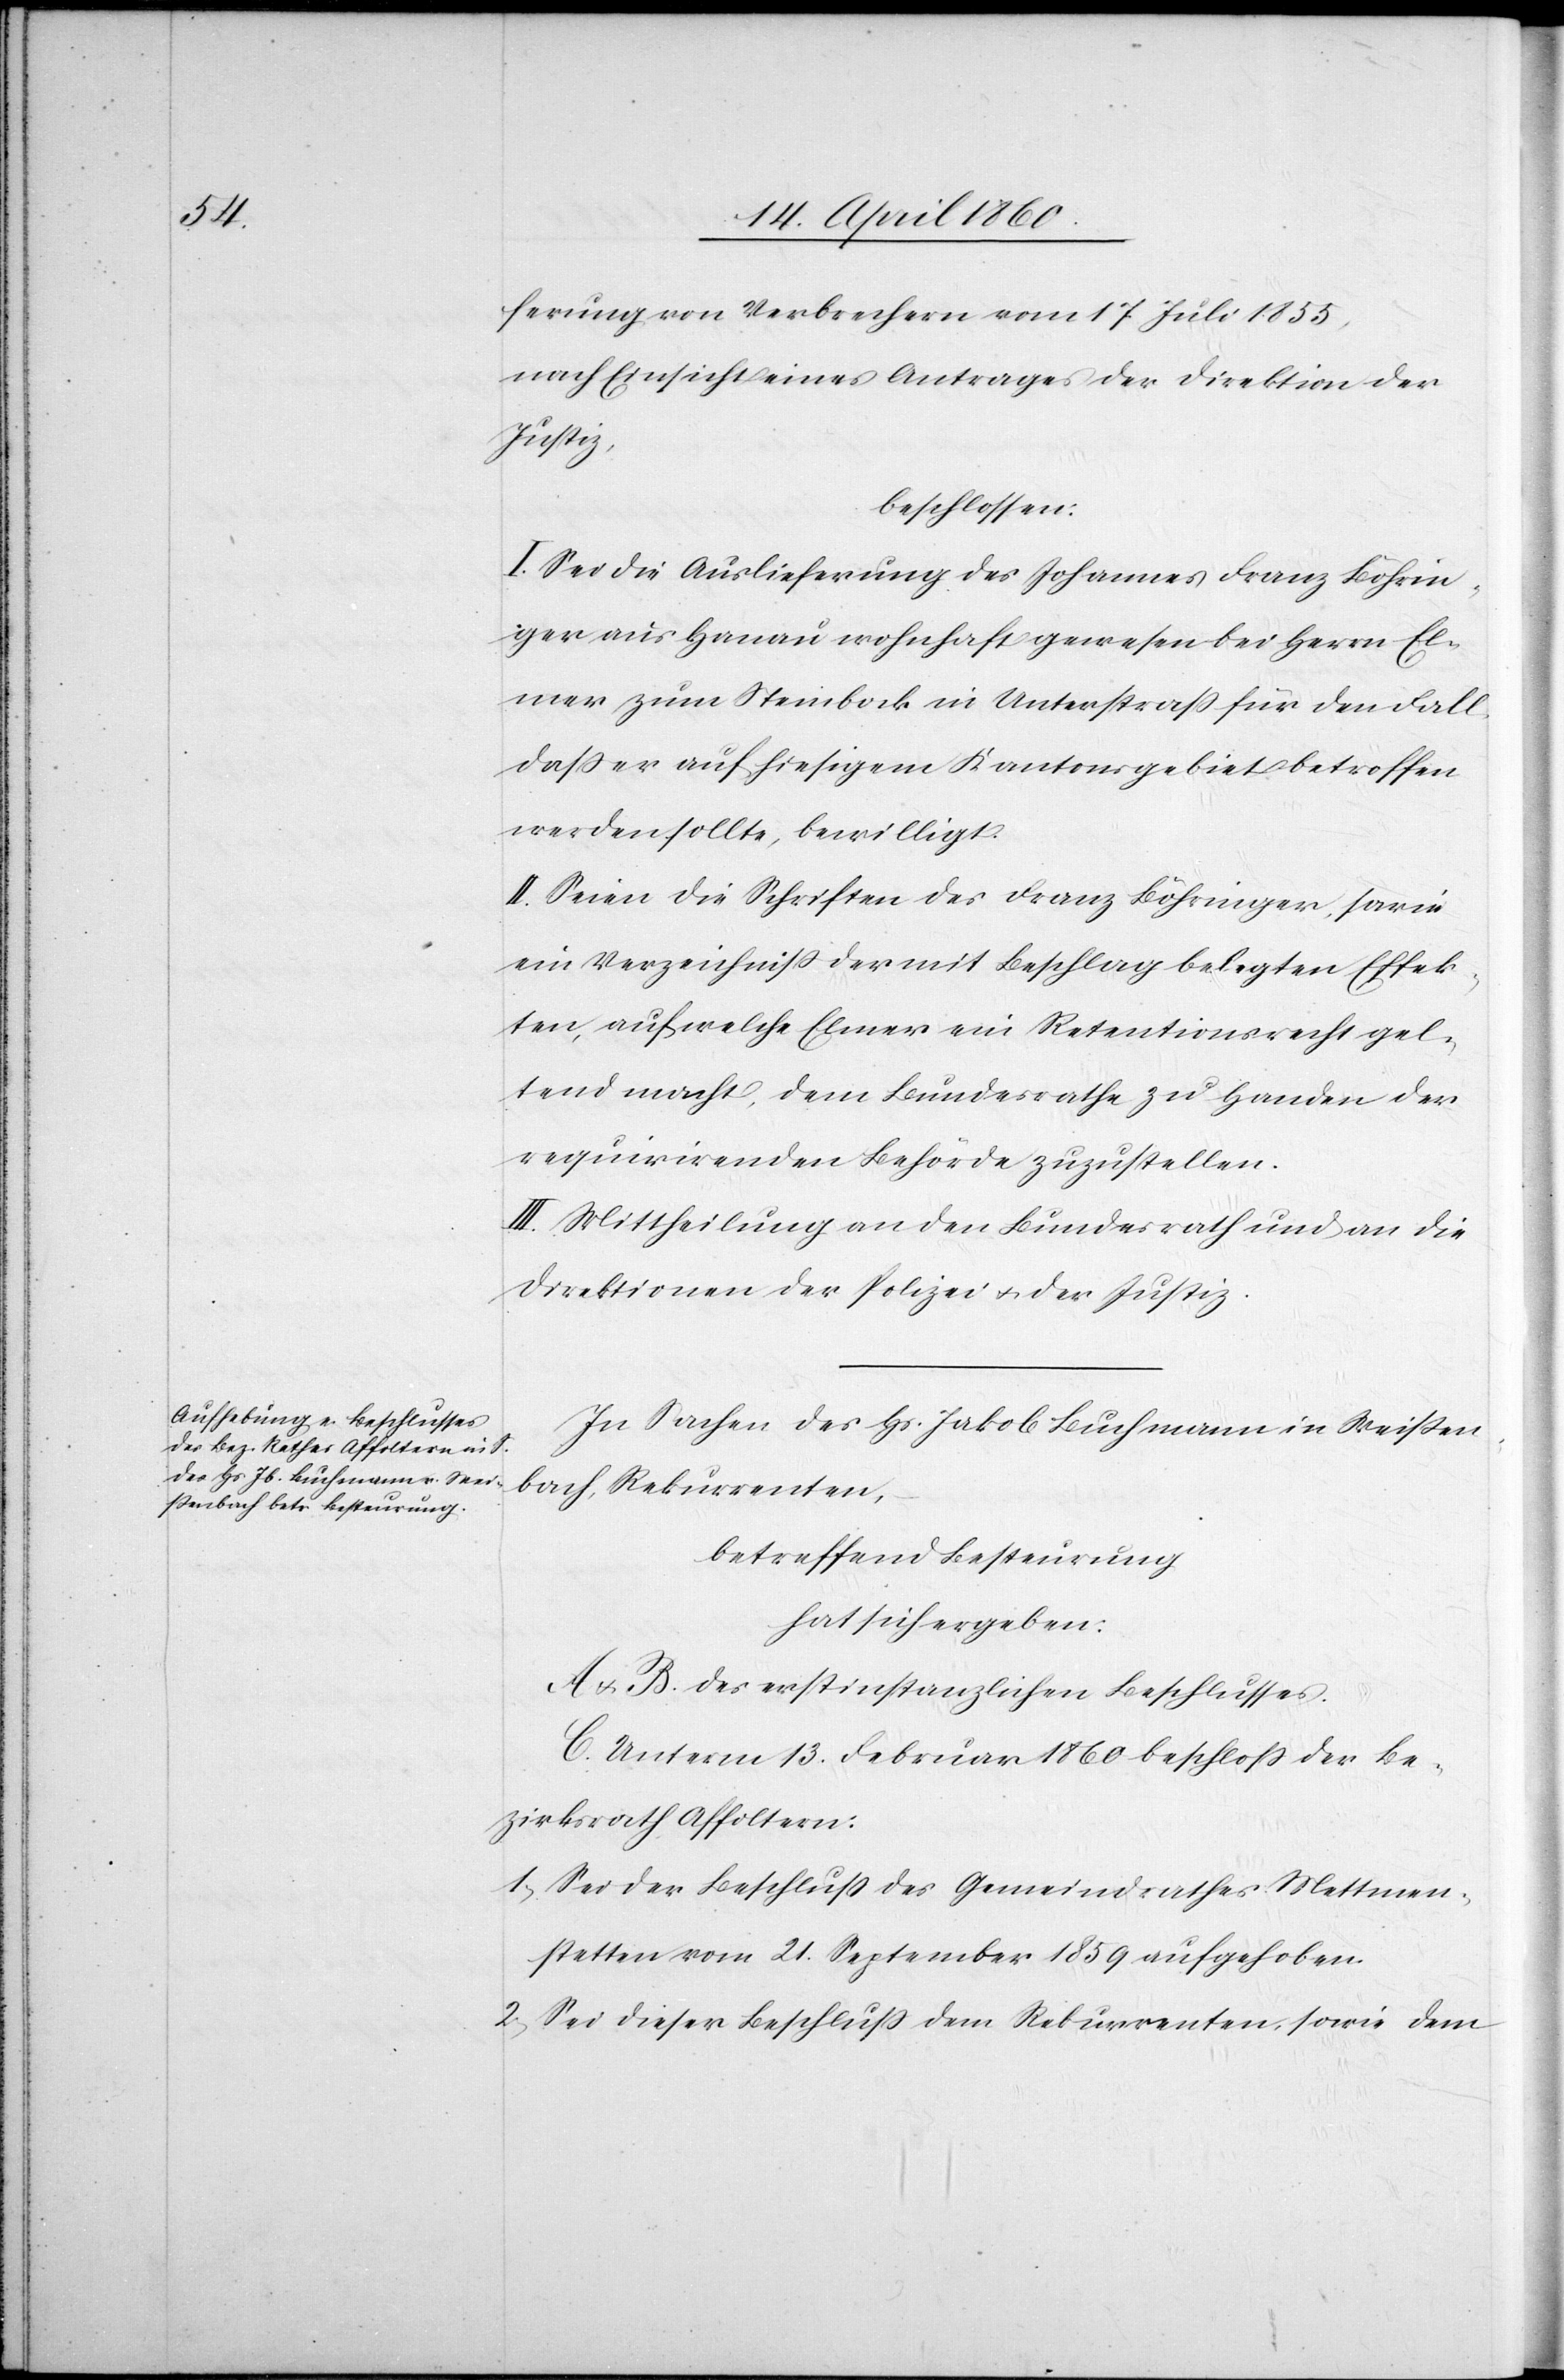
ferung von Verbrechern vom 17. Juli 1855,
nach Einsicht eines Antrages der Direktion der
Justiz,
beschlossen:
I. Sei die Auslieferung des Johannes Franz Böhrin¬
ger aus Hanau wohnhaft gewesen bei Herrn El¬
mer zum Steinbock in Unterstrass für den Fall
dass er auf hiesigem Kantonsgebiet betroffen
werden sollte, bewilligt.
II. Seien die Schriften des Franz Böhringer, sowie
ein Verzeichniss der mit Beschlag belegten Effek¬
ten, auf welche Elmer ein Retentionsrecht gel¬
tend macht, dem Bundesrathe zu Handen der
requirirenden Behörde zuzustellen.
III. Mittheilung an den Bundesrath und an die
Direktion der Polizei u. Justiz.
In Sachen des Hs. Jakob Buchmann in Weissen¬
bach, Rekurrenten,
betreffend Besteurung
hat sich ergeben:
A. u. B. des erstinstanzlichen Beschlusses.
C. Unterm 13. Februar 1830 beschloß der Be¬
zirksrath Affoltern:
1. Sei der Beschluss des Gemeindrathes Mettmen¬
stetten vom 21. September 1859 aufgehoben.
2. Sei dieser Beschluss dem Rekurrenten, sowie dem